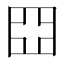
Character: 𡆵